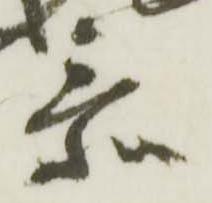
忝